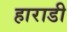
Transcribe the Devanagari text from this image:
हाराडी